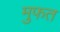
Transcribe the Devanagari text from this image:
मुफत